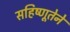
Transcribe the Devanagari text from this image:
सहिष्णूतेने